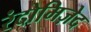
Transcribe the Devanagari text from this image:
रंदोमिज़ेद